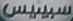
سبينيس